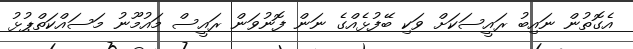
އެގޮތުން ނައިބު ރައީސަކަށް ވަކި ބޭފުޅެއްގެ ނަން ފޮނުވަން ރައީސް މައުމޫނު މަސައްކަތްޕުޅު